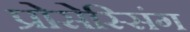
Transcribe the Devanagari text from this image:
प्रोसेस्सिंग